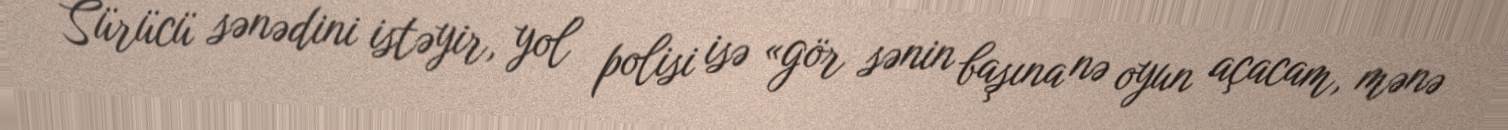
Sürücü sənədini istəyir, yol polisi isə «gör sənin başına nə oyun açacam, mənə